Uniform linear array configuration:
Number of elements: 4
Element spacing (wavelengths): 0.25
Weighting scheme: binomial
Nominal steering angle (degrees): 0
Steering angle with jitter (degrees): -1.948
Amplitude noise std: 0.05
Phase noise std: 0.05

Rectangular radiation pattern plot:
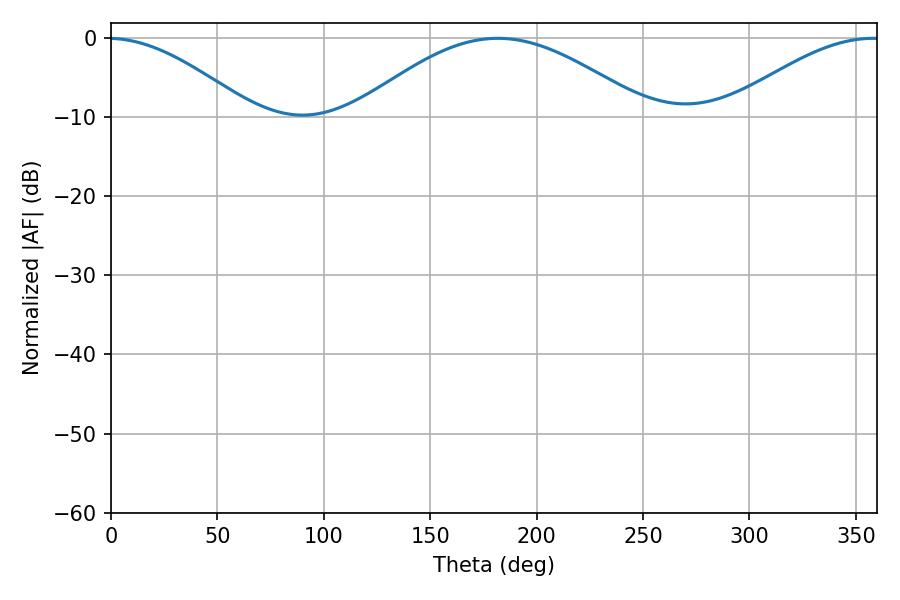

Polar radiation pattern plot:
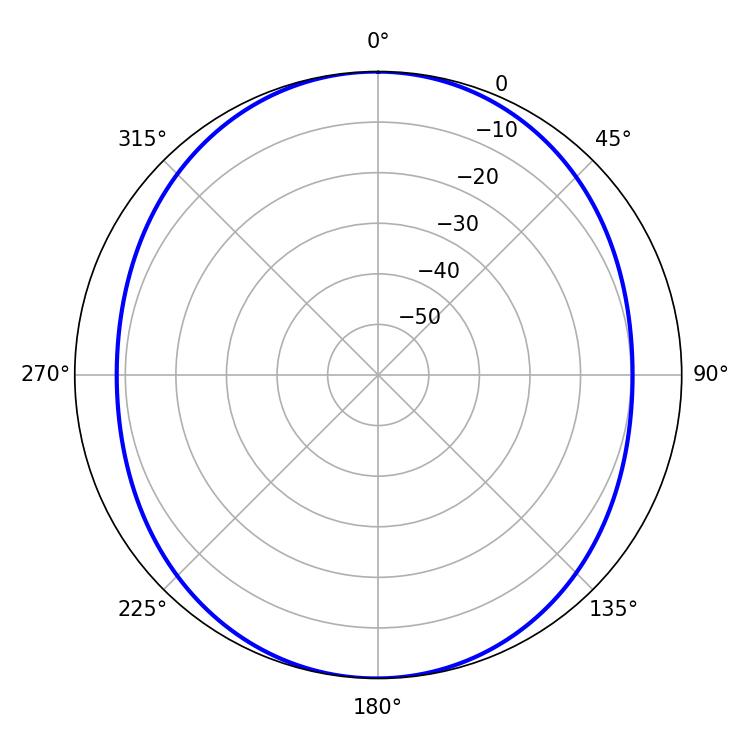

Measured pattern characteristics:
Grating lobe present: FALSE
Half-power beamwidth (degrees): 73.8
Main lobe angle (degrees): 181.8